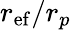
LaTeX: r_{\mathrm{ef}}/r_{p}